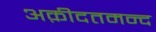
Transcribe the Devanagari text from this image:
अक़ीदतमन्द